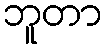
ဘူတာ